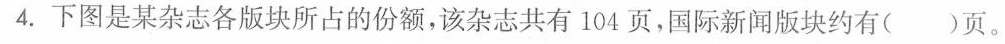
4.下图是某杂志各版块所占的份额，该杂志共有104页，国际新闻版块约有()页。